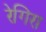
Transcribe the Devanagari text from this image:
रेगिरा